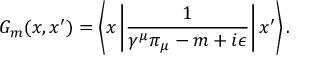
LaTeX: G _ { m } ( x , x ^ { \prime } ) = \left\langle x \left| \frac 1 { \gamma ^ { \mu } \pi _ { \mu } - m + i \epsilon } \right| x ^ { \prime } \right\rangle .